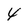
Character: 4